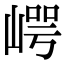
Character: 崿